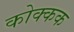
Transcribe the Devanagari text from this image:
कोक्कक